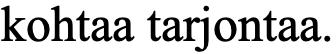
kohtaa tarjontaa.